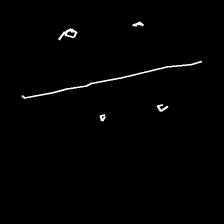
Glyph: cool